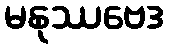
မနုဿဗေဒ